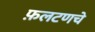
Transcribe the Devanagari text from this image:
फ़लटणचे